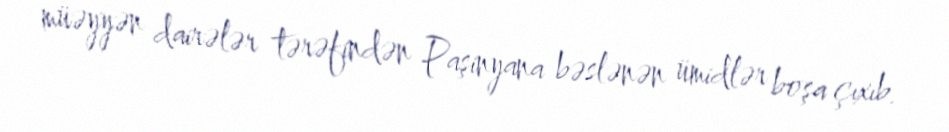
müəyyən dairələr tərəfindən Paşinyana bəslənən ümidlər boşa çıxıb.